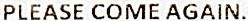
PLEASE COME AGAIN.